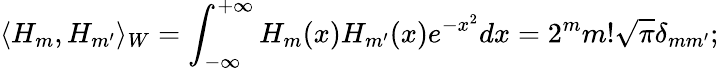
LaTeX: \langle H_{m},H_{m^{\prime}}\rangle_{W}=\int_{-\infty}^{+\infty}H_{m}(x)H_{m^{\prime}}(x)e^{-x^{2}}dx=2^{m}m!\sqrt{\pi}\delta_{mm^{\prime}};